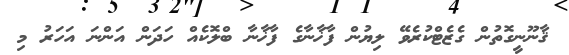
ޤާނޫނީގޮތުން ގެޒެޓްކުރެވޭ ލިޔުން ފާޚާނާގެ ފާޚާނާ ބްލޮކެއް ހަދަން އަންނަ އަހަރު މި